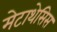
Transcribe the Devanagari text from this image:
मेटाथेसिस